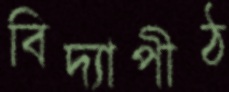
বিদ্যাপীঠ